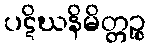
ပဋိဃနိမိတ္တဉ္စ